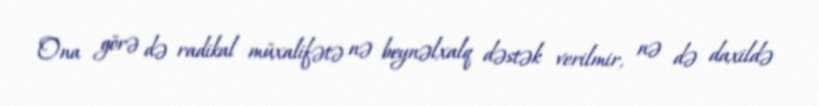
Ona görə də radikal müxalifətə nə beynəlxalq dəstək verilmir, nə də daxildə